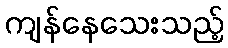
ကျန်နေသေးသည့်